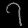
Digit: ၇